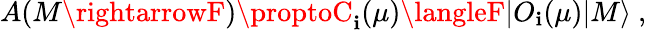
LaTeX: A(M\rightarrowF)\proptoC_{\mathbf{i}}(\mu)\langleF|O_{\mathbf{i}}(\mu)|M\rangle\ ,